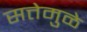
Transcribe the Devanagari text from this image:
सत्तेमुळे